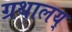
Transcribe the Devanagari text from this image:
ग्रथालय्